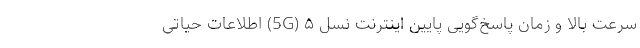
سرعت بالا و زمان پاسخ‌گویی پایین اینترنت نسل ۵ (5G) اطلاعات حیاتی